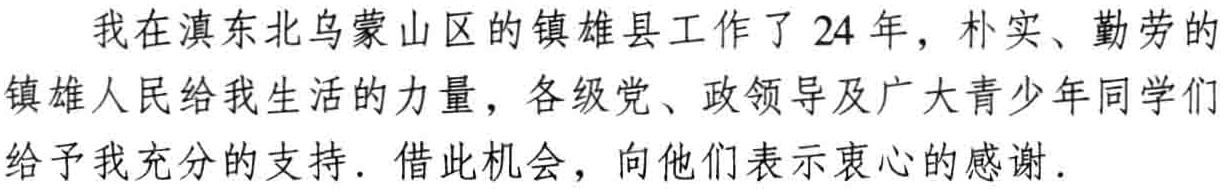
我在滇东北乌蒙山区的镇雄县工作了 24 年，朴实、勤劳的镇雄人民给我生活的力量，各级党、政领导及广大青少年同学们给予我充分的支持. 借此机会，向他们表示衷心的感谢.